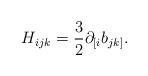
LaTeX: \begin{align*}H_{ijk} = \frac{3}{2}\partial_{[i}b_{jk]} .\end{align*}